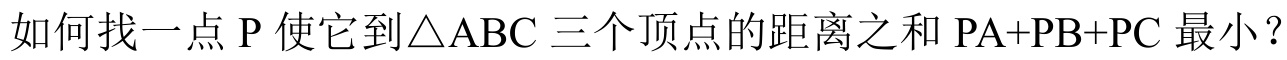
如何找一点 P 使它到\(\triangle ABC\)三个顶点的距离之和 \(PA + PB + PC\) 最小？